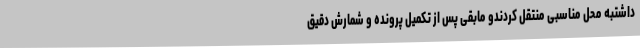
داشتبه محل مناسبی منتقل کردندو مابقی پس از تکمیل پرونده و شمارش دقیق